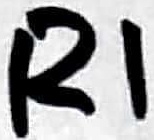
Text: R1